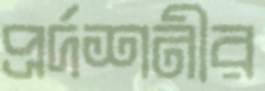
প্রর্দশনীর